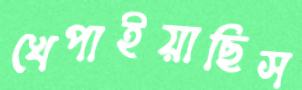
খেপাইয়াছিস